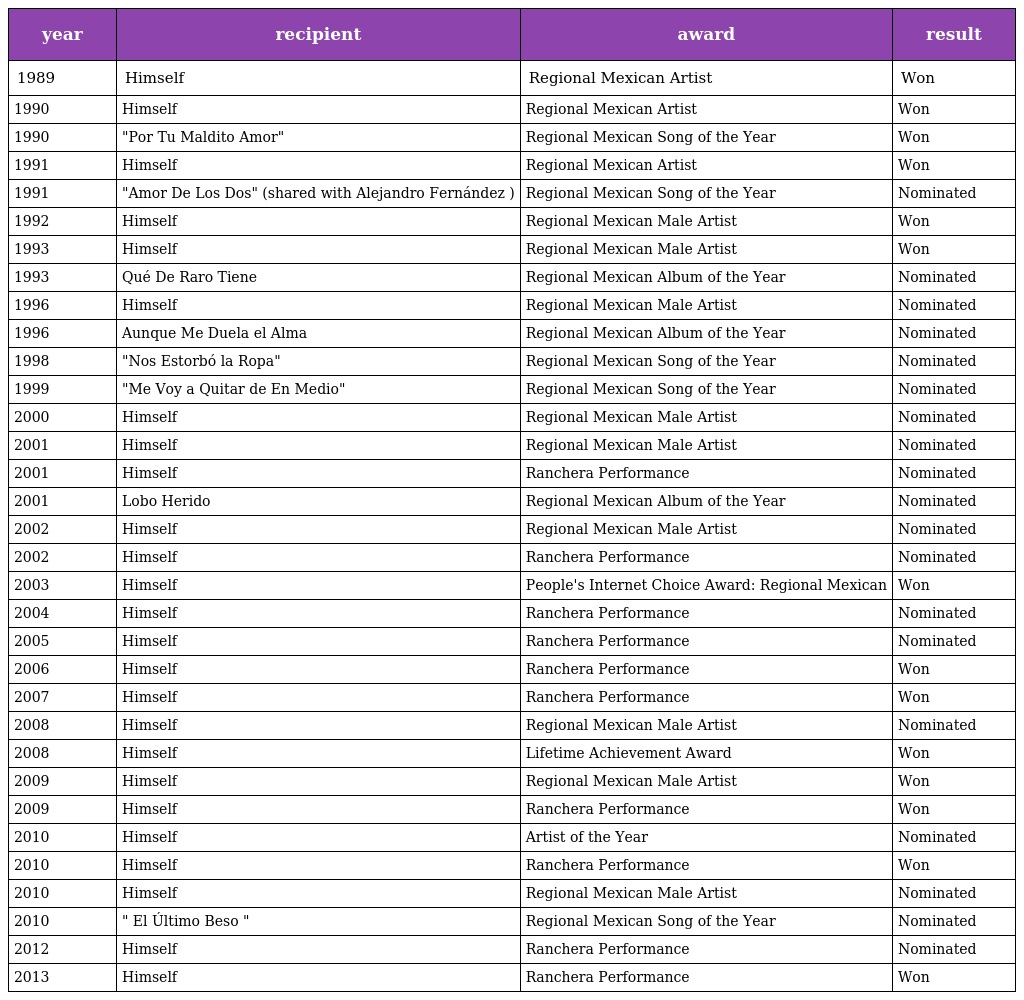
| year | recipient | award | result |
 | --- | --- | --- | --- |
 | 1989 | Himself | Regional Mexican Artist | Won |
 | 1990 | Himself | Regional Mexican Artist | Won |
 | 1990 | "Por Tu Maldito Amor" | Regional Mexican Song of the Year | Won |
 | 1991 | Himself | Regional Mexican Artist | Won |
 | 1991 | "Amor De Los Dos" (shared with Alejandro Fernández ) | Regional Mexican Song of the Year | Nominated |
 | 1992 | Himself | Regional Mexican Male Artist | Won |
 | 1993 | Himself | Regional Mexican Male Artist | Won |
 | 1993 | Qué De Raro Tiene | Regional Mexican Album of the Year | Nominated |
 | 1996 | Himself | Regional Mexican Male Artist | Nominated |
 | 1996 | Aunque Me Duela el Alma | Regional Mexican Album of the Year | Nominated |
 | 1998 | "Nos Estorbó la Ropa" | Regional Mexican Song of the Year | Nominated |
 | 1999 | "Me Voy a Quitar de En Medio" | Regional Mexican Song of the Year | Nominated |
 | 2000 | Himself | Regional Mexican Male Artist | Nominated |
 | 2001 | Himself | Regional Mexican Male Artist | Nominated |
 | 2001 | Himself | Ranchera Performance | Nominated |
 | 2001 | Lobo Herido | Regional Mexican Album of the Year | Nominated |
 | 2002 | Himself | Regional Mexican Male Artist | Nominated |
 | 2002 | Himself | Ranchera Performance | Nominated |
 | 2003 | Himself | People's Internet Choice Award: Regional Mexican | Won |
 | 2004 | Himself | Ranchera Performance | Nominated |
 | 2005 | Himself | Ranchera Performance | Nominated |
 | 2006 | Himself | Ranchera Performance | Won |
 | 2007 | Himself | Ranchera Performance | Won |
 | 2008 | Himself | Regional Mexican Male Artist | Nominated |
 | 2008 | Himself | Lifetime Achievement Award | Won |
 | 2009 | Himself | Regional Mexican Male Artist | Won |
 | 2009 | Himself | Ranchera Performance | Won |
 | 2010 | Himself | Artist of the Year | Nominated |
 | 2010 | Himself | Ranchera Performance | Won |
 | 2010 | Himself | Regional Mexican Male Artist | Nominated |
 | 2010 | " El Último Beso " | Regional Mexican Song of the Year | Nominated |
 | 2012 | Himself | Ranchera Performance | Nominated |
 | 2013 | Himself | Ranchera Performance | Won |